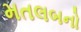
મતલબનો